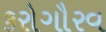
કરોગૌરવ